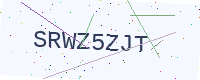
Text: SRWZ5ZJT